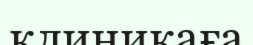
клиникаға